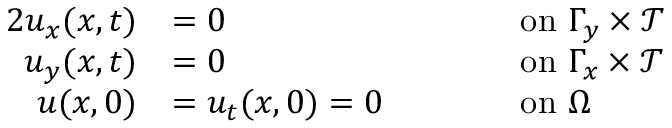
\begin{array} { r l r l } { { 2 } u _ { x } ( \boldsymbol { x } , t ) } & { = 0 } & & { \qquad \mathrm { o n ~ } \Gamma _ { y } \times \mathcal { T } } \\ { u _ { y } ( \boldsymbol { x } , t ) } & { = 0 } & & { \qquad \mathrm { o n ~ } \Gamma _ { x } \times \mathcal { T } } \\ { u ( \boldsymbol { x } , 0 ) } & { = u _ { t } ( \boldsymbol { x } , 0 ) = 0 } & & { \qquad \mathrm { o n ~ } \Omega } \end{array}